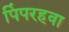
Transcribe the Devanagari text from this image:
पिंपरहवा